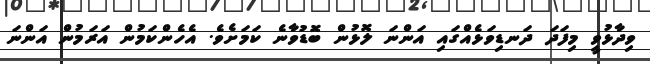
ވިދާޅުވީ މިފަދަ ދަނޑިވަޅެއްގައި އަންނަ ލޮޅުން ބޮޑުވާނެ ކަމަށެވެ. އެހެންކަމުން އަރަމުން އަންނަ